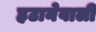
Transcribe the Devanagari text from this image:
हटानेवाली